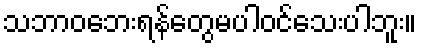
သဘာဝဘေးရန်တွေမပါဝင်သေးပါဘူး။